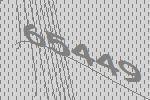
65449